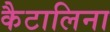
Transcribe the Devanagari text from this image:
कैटालिना